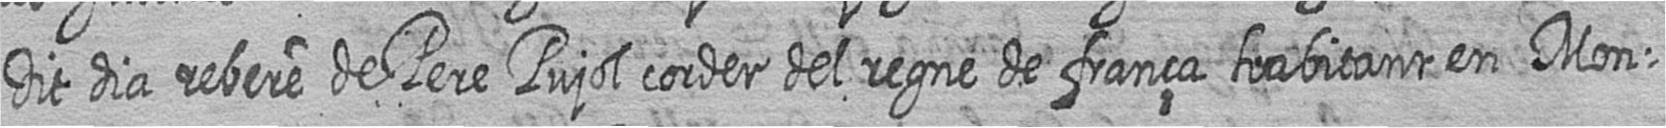
Dit dia rebere de Pere Pujol corder del regne de frança habitant en Mon=